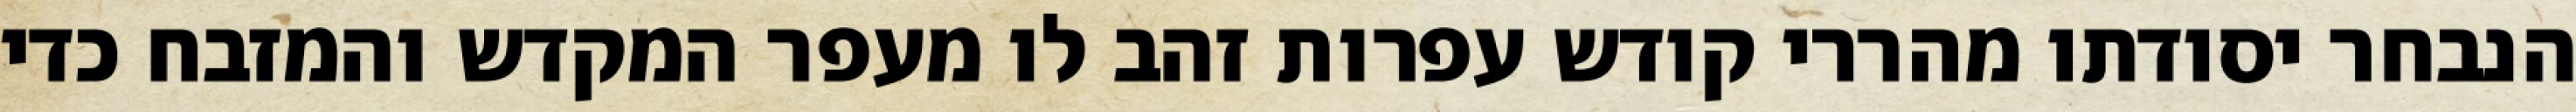
הנבחר יסודתו מהררי קודש עפרות זהב לו מעפר המקדש והמזבח כדי